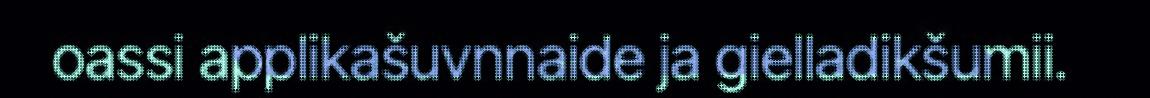
oassi applikašuvnnaide ja gielladikšumii.